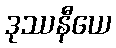
ဒုဿနီယေ